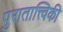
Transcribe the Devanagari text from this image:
पुरातात्त्विकी